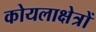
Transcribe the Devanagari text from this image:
कोयलाक्षेत्रों